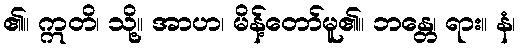
၏။ ဣတိ၊ သို့။ အာဟ၊ မိန့်တော်မူ၏။ ဘန္တေ၊ ရား။ နံ၊